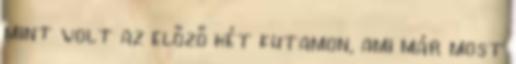
mint volt az előző két futamon, ami már most